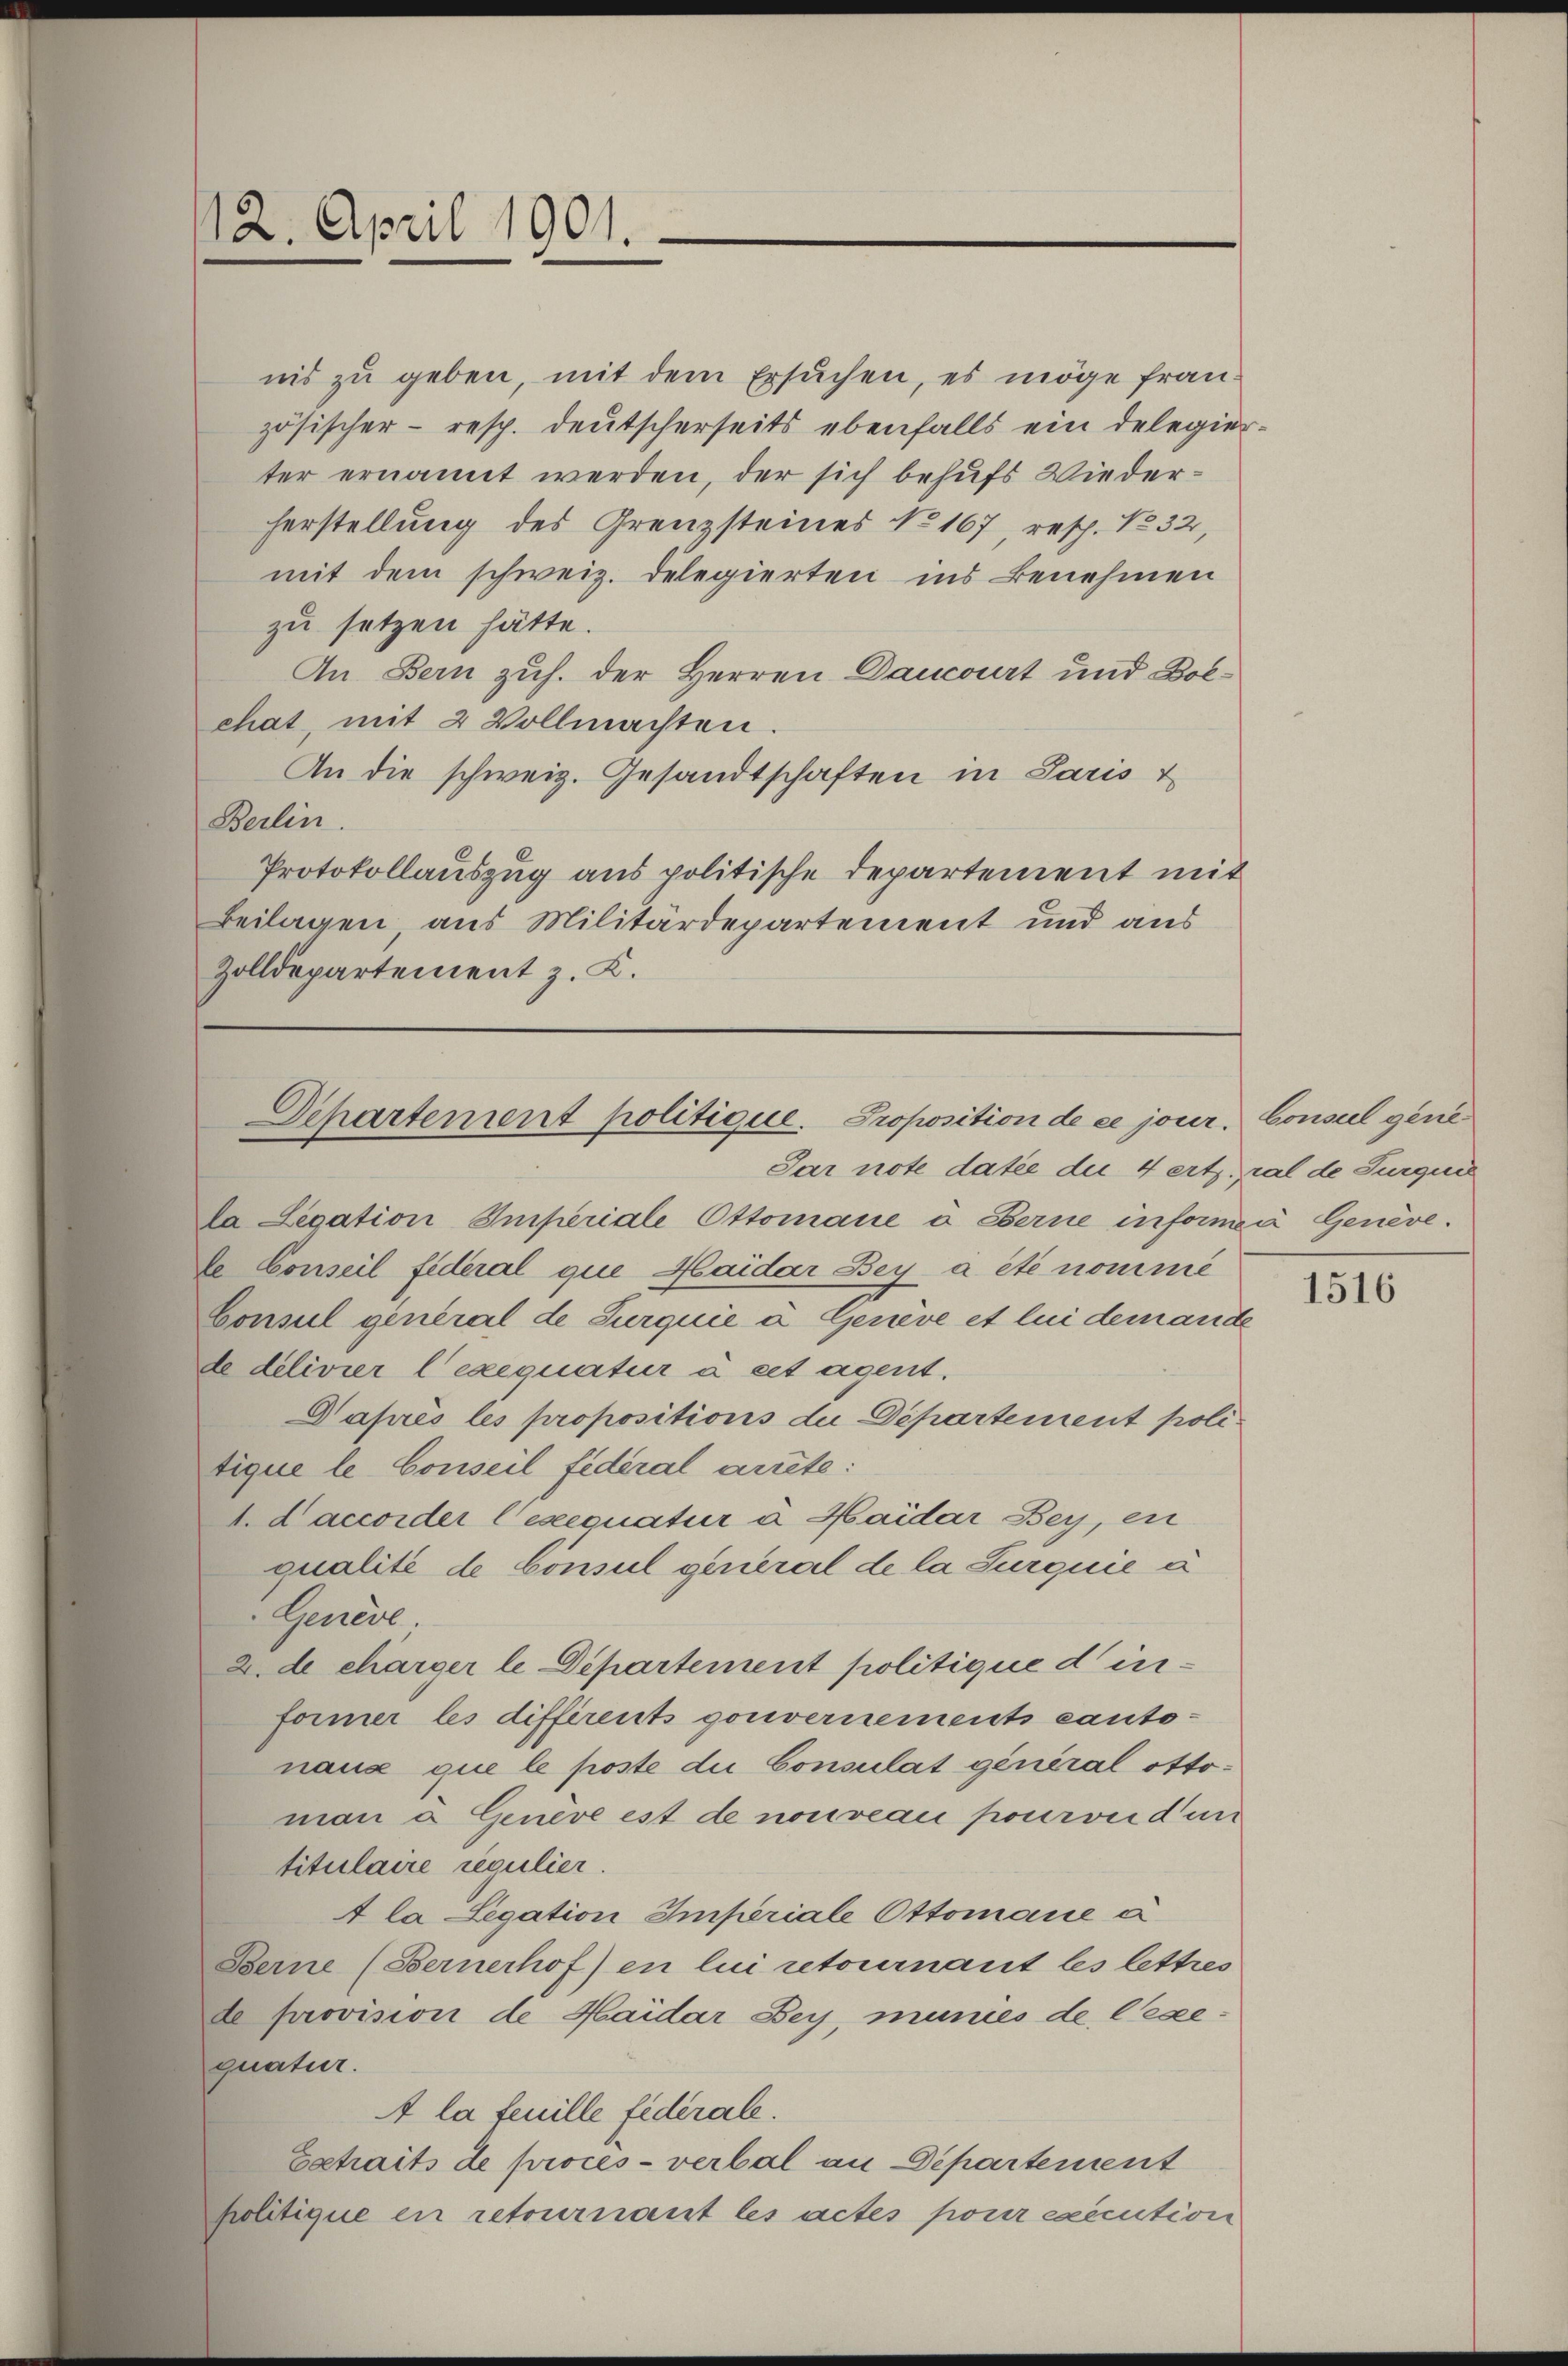
nis zu geben, mit dem Ersuchen, es möge französischer - resp. deutscherseits ebenfalls ein delegier
ter ernannt werden, der sich behufs Wiederherstellung des Grenzsteines No 167, resp. No 32,
mit dem schweiz. Delegierten ins Benehmen
zu setzen hätte.
An Bern zuh. der Herren Dancourt und Dolchat, mit 2 Vollmachten.
An die schweiz. Gesandtschaften in Paris &
Berlin.
Protokollauszug aus politische Departement mit
Beilagen, aus Militärdepartement und aus
Zolldepartement z. K.

12. April 1901.
.

Departement politique. Proposition de ce jour. Conseil gene

Par note datie die 4 erthal de Turqui
la Legation Imperiale Ottomane à Berne informa Genève.
te Conseil fideral que Haider Bey a été nomme
Consul general de Surquie à Genève et lui demande
de delivier lexequatur à cet agent.
Gaprès les propositions die Departement politique le Conseil fédéral arrete:
t. d accorder l’exequatur a Haider Bey, ei
qualité de Consul general de la Surquie à
Genere
2. de charger le Departement politique derformer les diffirents gouvernements cantonaux que le poste die Consulat général ottoman a. Geneve est de nouveau pourvnd un
titulaire regulier.
4 la Legation Imperiale Ottomane a
Berne (Bernerhof) en lui retournant les lettres
de provision de Haider Bey, munies de Cesequatur.
A la feuille federale.
Extraits de procès-verbal an Departement
politique en retournant les actes pour execution

1516